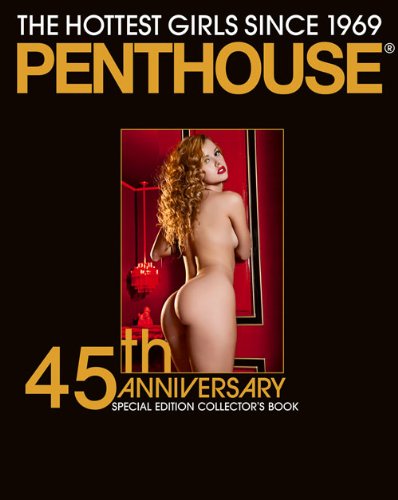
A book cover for Penthouse: 45th Anniversary Special Edition Collector's Book; Edition Skylight; Arts & Photography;